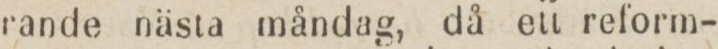
rande nästa måndag, då ett reform-